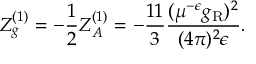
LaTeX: Z _ { g } ^ { ( 1 ) } = - \frac 1 2 Z _ { A } ^ { ( 1 ) } = - \frac { 1 1 } 3 \frac { ( \mu ^ { - \epsilon } g _ { \mathrm { R } } ) ^ { 2 } } { ( 4 \pi ) ^ { 2 } \epsilon } .